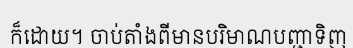
ក៏ដោយ។ ចាប់តាំងពីមានបរិមាណបញ្ជាទិញ